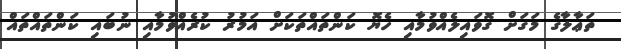
ތަޢާލާގެ މަގަށް ގޮވައިލެއްވުމާއި ހެޔޮ ކަންތައްތަކަށް އަމުރު ކުރެއްވުމާއި ނުބައި ކަންތައްތައް